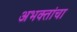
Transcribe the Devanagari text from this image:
अभक्तांचा